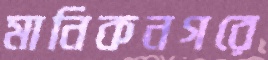
মানিকনগরে